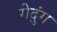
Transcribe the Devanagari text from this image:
गेदुंग